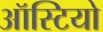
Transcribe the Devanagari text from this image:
ऑस्टियो